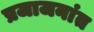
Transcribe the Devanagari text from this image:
प्रजाजनांत